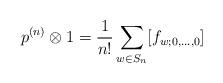
LaTeX: \begin{align*}p^{(n)} \otimes 1 = \frac{1}{n!} \sum_{w \in S_n} [f_{w; 0, \ldots, 0}]\end{align*}